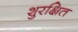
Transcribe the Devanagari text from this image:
शुरक्षित